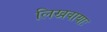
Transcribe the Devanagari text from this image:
लिखवायाः